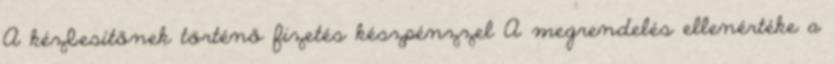
A kézbesítőnek történő fizetés készpénzzel A megrendelés ellenértéke a